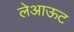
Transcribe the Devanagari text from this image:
लेअाऊट